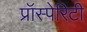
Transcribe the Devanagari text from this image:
प्रॉस्पेरिटी